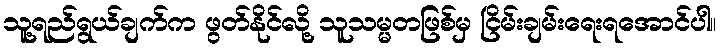
သူ့ရည်ရွယ်ချက်က ဖွတ်နိုင်လို့ သူသမ္မတဖြစ်မှ ငြိမ်းချမ်းရေးရအောင်ပါ။